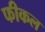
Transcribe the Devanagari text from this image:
फीकल